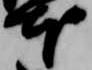
本